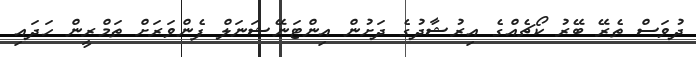
ދުވަސް ތެރޭ ބޭރު ކޯޗެއްގެ އިރުޝާދުގެ ދަށުން އިންޓަނޭޝަނަލް ފެންވަރަށް ތަމްރީން ހަދައި